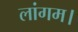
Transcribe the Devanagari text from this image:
लांगम।